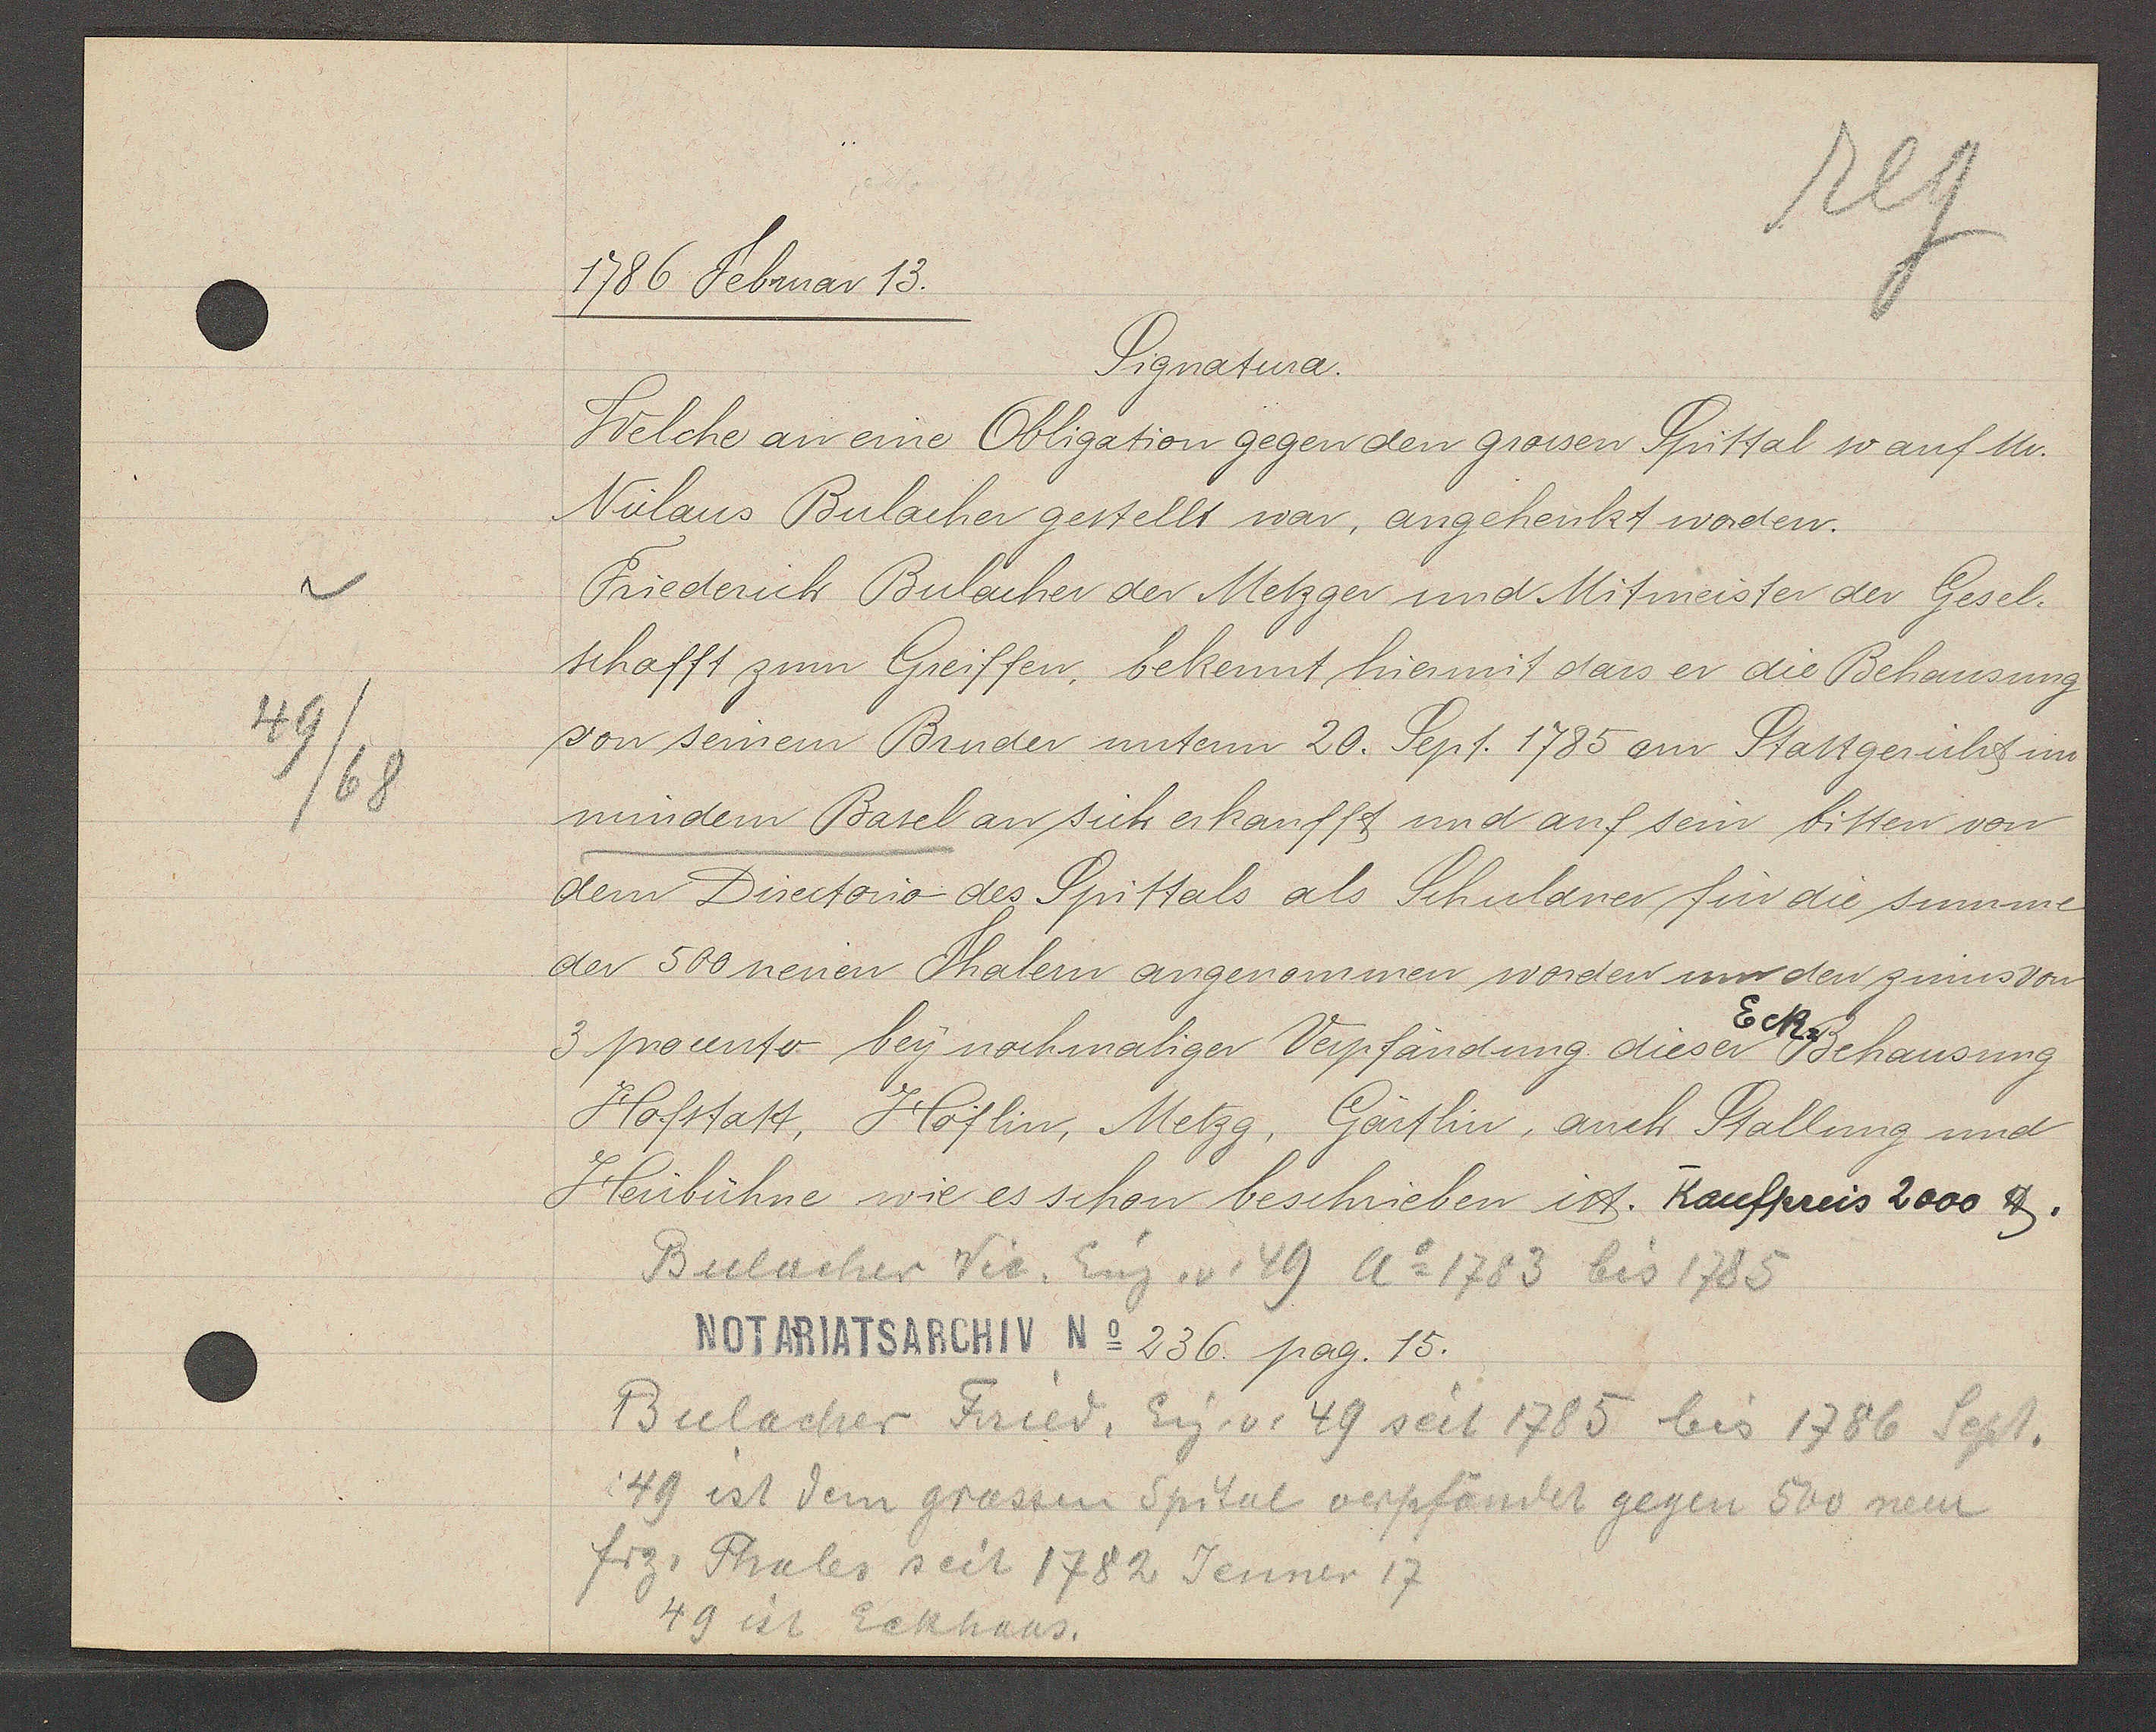
Transcript:
49
/68

1786 Februar 13.

Signatura.
Welche an eine Obligation gegen den grossen Spittal so auf Mr.
Niclaus Bulacher gestellt war, angehenkt worden.
Friederich Bulacher der Metzger und Mitmeister der Gesel.
schafft zum Greiffen, bekennt hiermit dass er die Behausung
von seinem Bruder unterm 20. Sept. 1785 an Stattgerichts im
mindern Basel an sich erkaufft und auf sein bitten von
dem Directorio des Spittals als Schuldner für die simme
der 500 neuen Thalern angenommen worden um den zinns von
3 procento bey nochmaliger Verpfändung dieser Eck-Behausung
Hofstatt, Höflin, Metzg, Gärtlin, auch Stallung und
Heubühne wie es schon beschrieben ist. Kaufpreis 2000 ℔.

Bulacher Nic. Eig. v. 49 Ao 1783 bis 1785

Notariatsarchiv No 236. pag. 15.

Bulacher Fried. Eig. v. 49 seit 1785 bis 1786 Sept.
49 ist dem grossen Spital verpfändet gegen 500 neue
frz. Thaler seit 1782 Jenner 17
49 ist Eckhaus.